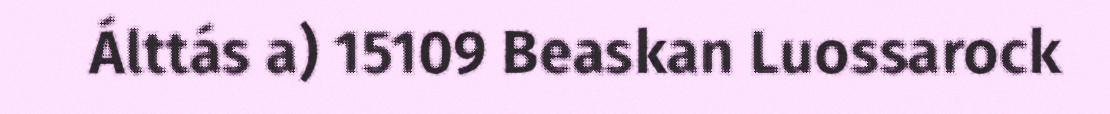
Álttás a) 15109 Beaskan Luossarock